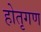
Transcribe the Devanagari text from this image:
होतृगण